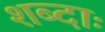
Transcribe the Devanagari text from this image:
शब्दाः